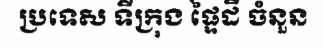
ប្រទេស ទីក្រុង ផ្ទៃដី ចំនួន